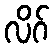
လိဂ်